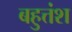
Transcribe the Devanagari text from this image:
बहुत्तंश